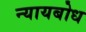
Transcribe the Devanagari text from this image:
न्यायबोध